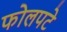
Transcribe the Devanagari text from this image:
फोलपटे